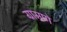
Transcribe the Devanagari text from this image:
ग्रामण